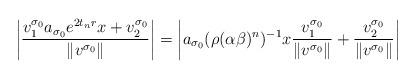
LaTeX: \begin{align*}\left|\frac{v_1^{\sigma_0}a_{\sigma_0}e^{2t_nr}x+v_2^{\sigma_0}}{\|v^{\sigma_0}\|}\right| = \left|a_{\sigma_0}(\rho(\alpha\beta)^n)^{-1}x\frac{v_1^{\sigma_0}}{\|v^{\sigma_0}\|}+\frac{v_2^{\sigma_0}}{\|v^{\sigma_0}\|}\right|\end{align*}